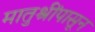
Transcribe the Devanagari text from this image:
मातुश्रींपासून